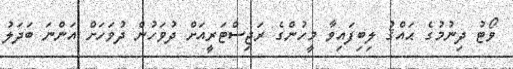
ވޯޓު ދިނުމުގެ ޙައްޤު ލިބިފައިވާ މީހުންގެ ރަޖިސްޓަރީއަށް ދުވަހުން ދުވަހަށް އަންނަ ބަދަލު